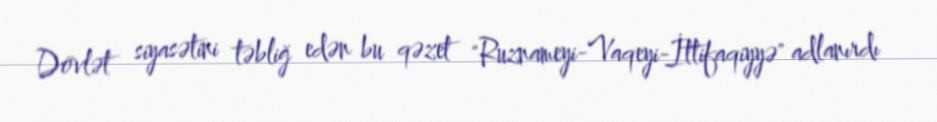
Dövlət siyasətini təbliğ edən bu qəzet "Ruznameyi-Vaqeyi-İttifaqiyyə" adlanırdı